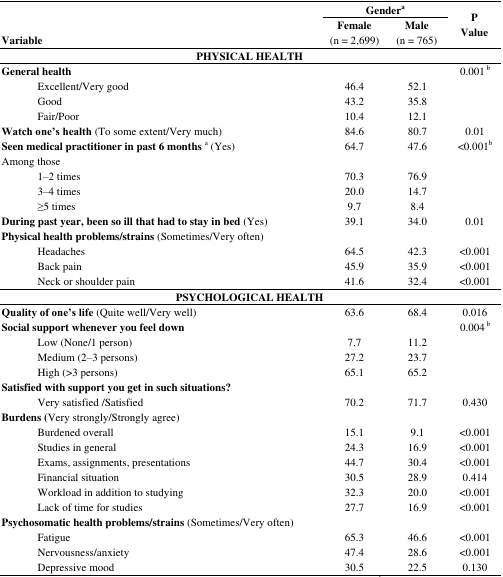
| <ROWSPAN=2> Variable | <COLSPAN=2> Gendera | <ROWSPAN=2> P Value |
 | Female (n= 2,699) | Male (n = 765) |
 | --- | --- | --- | --- |
 | <COLSPAN=4> PHYSICAL HEALTH |
 | General health |  |  | 0.001 b |
 | Excellent/Very good | 46.4 | 52.1 |  |
 | Good | 43.2 | 35.8 |  |
 | Fair/Poor | 10.4 | 12.1 |  |
 | Watch one’s health (To some extent/Very much) | 84.6 | 80.7 | 0.01 |
 | Seen medical practitioner in past 6 monthsa (Yes) | 64.7 | 47.6 | <0.001b |
 | Among those |  |  |  |
 | 1–2 times | 70.3 | 76.9 |  |
 | 3–4 times | 20.0 | 14.7 |  |
 | ≥5 times | 9.7 | 8.4 |  |
 | During past year, been so ill that had to stay in bed (Yes) | 39.1 | 34.0 | 0.01 |
 | Physical health problems/strains (Sometimes/Very often) |  |  |  |
 | Headaches | 64.5 | 42.3 | <0.001 |
 | Back pain | 45.9 | 35.9 | <0.001 |
 | Neck or shoulder pain | 41.6 | 32.4 | <0.001 |
 | <COLSPAN=4> PSYCHOLOGICAL HEALTH |
 | Quality of one’s life (Quite well/Very well) | 63.6 | 68.4 | 0.016 |
 | Social support whenever you feel down |  |  | 0.004 b |
 | Low (None/1 person) | 7.7 | 11.2 |  |
 | Medium (2–3 persons) | 27.2 | 23.7 |  |
 | High (>3 persons) | 65.1 | 65.2 |  |
 | Satisfied with support you get in such situations? |  |  |  |
 | Very satisfied /Satisfied | 70.2 | 71.7 | 0.430 |
 | Burdens (Very strongly/Strongly agree) |  |  |  |
 | Burdened overall | 15.1 | 9.1 | <0.001 |
 | Studies in general | 24.3 | 16.9 | <0.001 |
 | Exams, assignments, presentations | 44.7 | 30.4 | <0.001 |
 | Financial situation | 30.5 | 28.9 | 0.414 |
 | Workload in addition to studying | 32.3 | 20.0 | <0.001 |
 | Lack of time for studies | 27.7 | 16.9 | <0.001 |
 | Psychosomatic health problems/strains (Sometimes/Very often) |  |  |  |
 | Fatigue | 65.3 | 46.6 | <0.001 |
 | Nervousness/anxiety | 47.4 | 28.6 | <0.001 |
 | Depressive mood | 30.5 | 22.5 | 0.130 |